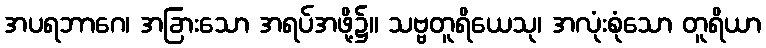
အပရဘာဂေ၊ အခြားသော အရပ်အဖို့၌။ သဗ္ဗတူရိယေသု၊ အလုံးစုံသော တူရိယာ